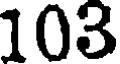
105